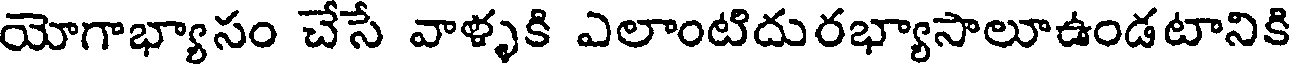
యోగాభ్యాసం చేసే వాళ్ళకి ఎలాంటిదురభ్యాసాలూఉండటానికి